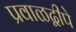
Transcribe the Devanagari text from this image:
प्रवाळद्वीपे